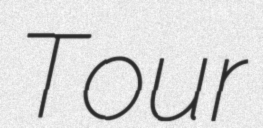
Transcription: Tour